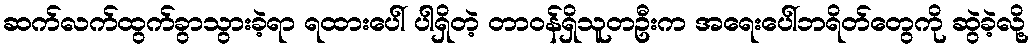
ဆက်လက်ထွက်ခွာသွားခဲ့ရာ ရထားပေါ် ပါရှိတဲ့ တာဝန်ရှိသူတဦးက အရေးပေါ်ဘရိတ်တွေကို ဆွဲခဲ့လို့